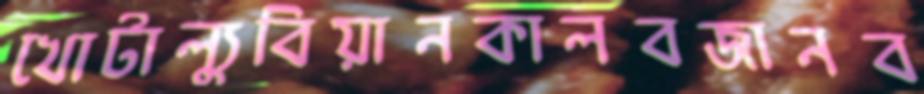
খোটাল্যুবিয়ানকালবজানব